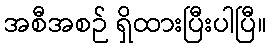
အစီအစဉ် ရှိထားပြီးပါပြီ။